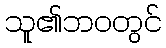
သူ၏ဘဝတွင်